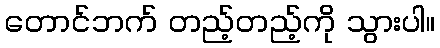
တောင်ဘက် တည့်တည့်ကို သွားပါ။